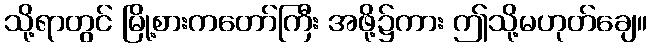
သို့ရာတွင် မြို့စားကတော်ကြီး အဖို့၌ကား ဤသို့မဟုတ်ချေ။